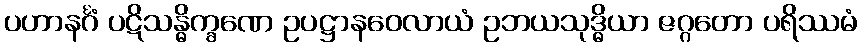
ပဟာနင်္ဂံ ပဋိသန္ဓိက္ခဏေ ဥပဋ္ဌာနဝေလာယံ ဥဘယသုဒ္ဓိယာ ဇဂ္ဂတော ပရိဿမံ